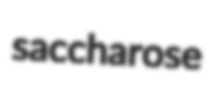
saccharose